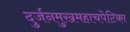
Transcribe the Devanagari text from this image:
दुर्जनमुखमहाचपेटिका